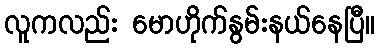
လူကလည်း မောဟိုက်နွမ်းနယ်နေပြီ။